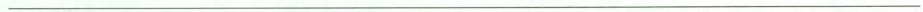
___